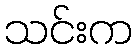
သင်းက